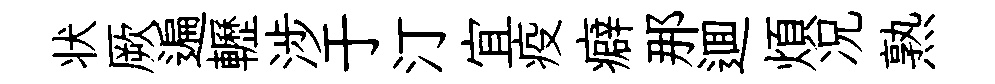
状厥遍轣涉于汀宜疫癖那逥煩况熟